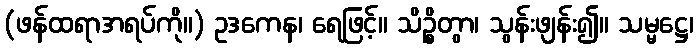
(ဖန်ထရာအရပ်ကို။) ဥဒကေန၊ ရေဖြင့်။ သိဉ္စိတွာ၊ သွန်းဖျန်း၍။ သမ္မဋ္ဌေ၊